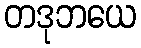
တဒုဘယေ